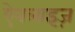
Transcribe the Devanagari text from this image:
ऐनलाइज़